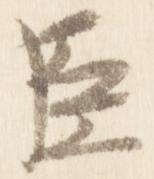
臣